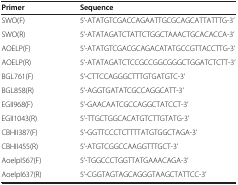
<table><thead><tr><td><b>Primer</b></td><td><b>Sequence</b></td></tr></thead><tbody><tr><td>SWO(F)</td><td>5’-ATATGTCGACCAGAATTGCGCAGCATTATTTG-3’</td></tr><tr><td>SWO(R)</td><td>5’-ATATAGATCTATTCTGGCTAAACTGCACACCA-3’</td></tr><tr><td>AOELP(F)</td><td>5’-ATATGTCGACGCAGACATATGCCGTTACCTTG-3’</td></tr><tr><td>AOELP(R)</td><td>5’-ATATAGATCTCCGCCGGCGGGCTGGATCTCTT-3’</td></tr><tr><td>BGL761(F)</td><td>5’-CTTCCAGGGCTTTGTGATGTC-3’</td></tr><tr><td>BGL858(R)</td><td>5’-AGGTGATATCGCCAGGCATT-3’</td></tr><tr><td>EGII968(F)</td><td>5’-GAACAATCGCCAGGCTATCCT-3’</td></tr><tr><td>EGII1043(R)</td><td>5’-TTGCTGGCACATGTCTTGTATG-3’</td></tr><tr><td>CBHII387(F)</td><td>5’-GGTTCCCTCTTTTATGTGGCTAGA-3’</td></tr><tr><td>CBHII455(R)</td><td>5’-ATGTCGGCCAAGGTTTGCT-3’</td></tr><tr><td>AoelpI567(F)</td><td>5’-TGGCCCTGGTTATGAAACAGA-3’</td></tr><tr><td>AoelpI637(R)</td><td>5’-CGGTAGTAGCAGGGTAAGCTATTCC-3’</td></tr></tbody></table>